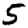
Digit: 5